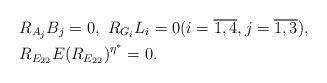
LaTeX: \begin{align*}& R_{A_{j}}B_{j}=0,\ R_{G_{i}}L_{i}=0 (i=\overline{1,4}, j=\overline{1,3}),\\& R_{E_{22}}E(R_{E_{22}})^{\eta^{\ast}}=0.\end{align*}